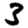
Digit: 3